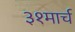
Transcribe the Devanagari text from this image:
३१मार्च